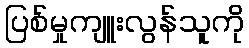
ပြစ်မှုကျူးလွန်သူကို